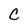
Character: C